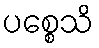
ပစ္စေသိ